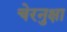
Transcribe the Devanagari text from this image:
चेरनुक्षा